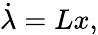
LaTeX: \dot{\lambda}=Lx,